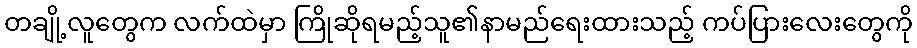
တချို့လူတွေက လက်ထဲမှာ ကြိုဆိုရမည့်သူ၏နာမည်ရေးထားသည့် ကပ်ပြားလေးတွေကို